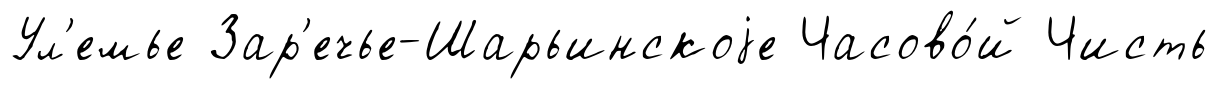
Ул'емье Зар'ечье-Шарьинскоjе Часово́й Чисть